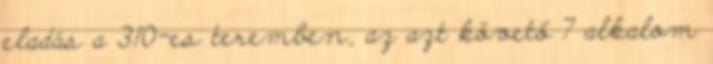
eladás a 310-es teremben, az azt követő 7 alkalom